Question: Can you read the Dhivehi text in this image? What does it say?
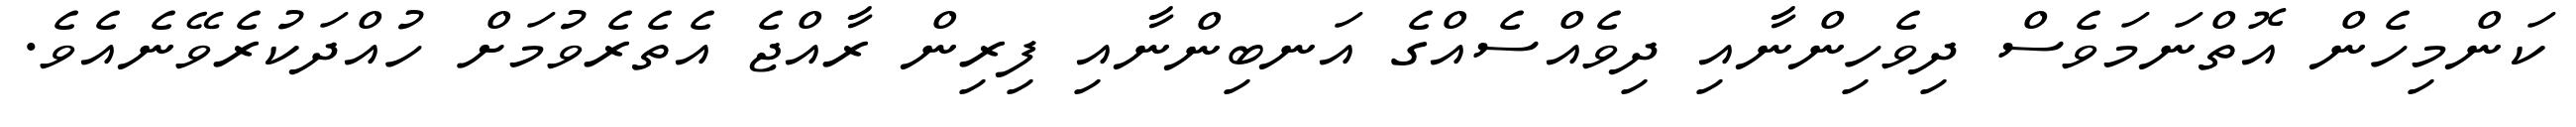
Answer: ކަންމިހެން އޮތްނަމަވެސް ދިވެހިންނާއި ދިވެއްސެއްގެ އަނބިންނާއި ފިރިން ރާއްޖެ އެތެރެވުމަށް ހުއްދަކުރެވޭނެއެވެ.